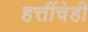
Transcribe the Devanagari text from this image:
हत्तींचेही